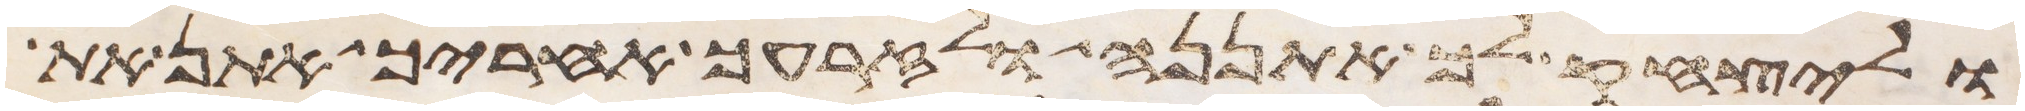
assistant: וליצחק לך אתננה ולזרעך אחריך אתן את